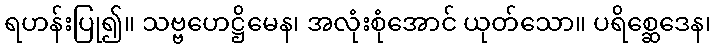
ရဟန်းပြု၍။ သဗ္ဗဟေဋ္ဌိမေန၊ အလုံးစုံအောင် ယုတ်သော။ ပရိစ္ဆေဒေန၊